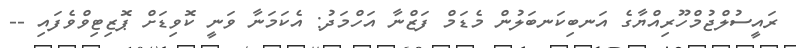
ރައީސުލްޖުމްހޫރިއްޔާގެ އަނބިކަނބަލުން މެޑަމް ފަޒްނާ އަހްމަދު: އެކަމަނާ ވަނީ ކޮވިޑަށް ޕޮޒިޓިވްވެފައި --